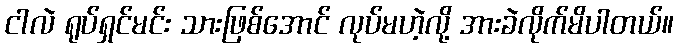
ငါလဲ ရုပ်ရှင်မင်း သားဖြစ်အောင် လုပ်မဟဲ့လို့ အားခဲလိုက်မိပါတယ်။